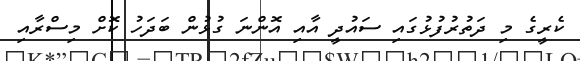
ކެރީގެ މި ދަތުރުފުޅުގައި ސައުދީ އާއި އޮންނަ ގުޅުން ބަދަހު ކޮށް މިސްރާއި